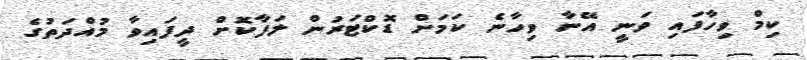
ކިމް ވިހާފައި ވަނީ އޭނާ ވިހާނެ ކަމަށް ޑޮކްޓަރުން ލަފާކޮށް ދީފައިވާ މުއްދަތުގެ